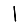
Digit: 1